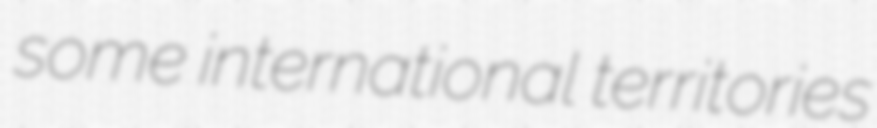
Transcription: some international territories